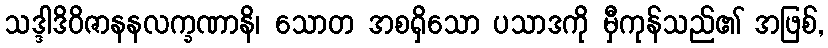
သဒ္ဒါဒိဝိဇာနနလက္ခဏာနိ၊ သောတ အစရှိသော ပသာဒကို မှီကုန်သည်၏ အဖြစ်,